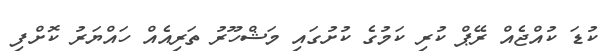
ކުޑަ ކުއްޖެއް ރޭޕް ކުރި ކަމުގެ ކުށުގައި މަޝްހޫރު ތަރިއެއް ހައްޔަރު ކޮށްފި